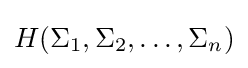
H(\Sigma _{1},\Sigma _{2},\ldots ,\Sigma _{n})